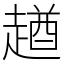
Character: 趥